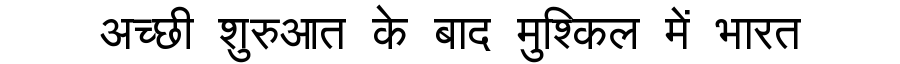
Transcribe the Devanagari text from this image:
अच्छी शुरुआत के बाद मुश्किल में भारत